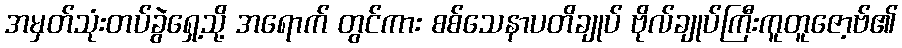
အမှတ်သုံးတပ်ခွဲရှေ့သို့ အရောက် တွင်ကား စစ်သေနာပတိချုပ် ဗိုလ်ချုပ်ကြီးကူတူဇော့ဗ်၏